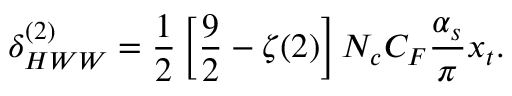
\delta _ { H W W } ^ { ( 2 ) } = \frac { 1 } { 2 } \left[ \frac { 9 } { 2 } - \zeta ( 2 ) \right] N _ { c } C _ { F } \frac { \alpha _ { s } } { \pi } x _ { t } .